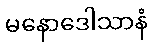
မနောဒေါသာနံ